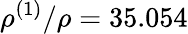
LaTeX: \rho^{(1)}/\rho=35.054